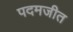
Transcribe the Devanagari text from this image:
पदमजीत